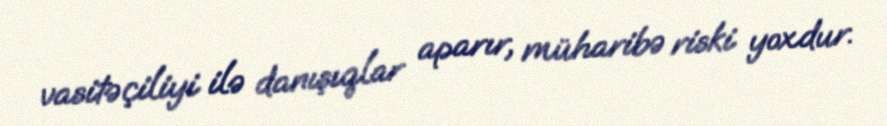
vasitəçiliyi ilə danışıqlar aparır, müharibə riski yoxdur.